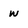
Character: W